Vaccination in Bombay 1874-1876 - 1874-1876
Year: 1874
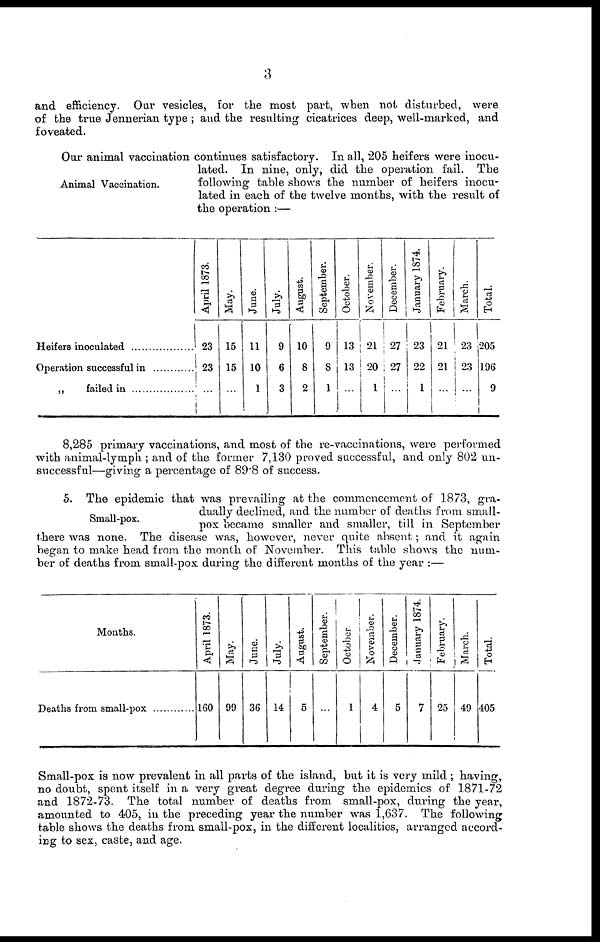
3
and efficiency. Our vesicles, for the most part, when not disturbed, were
of the true Jennerian type ; and the resulting cicatrices deep, well-marked, and
foveated.
Animal Vaccination.
Our animal vaccination continues satisfactory. In all, 205 heifers were inocu-
lated. In nine, only, did the operation fail. The
following table shows the number of heifers inocu-
lated in each of the twelve months, with the result of
the operation :—
Heifers inoculated..................
Operation successful in ............
„ failed in ...........................
April 1873.
23
23
...
May.
15
15
...
June.
11
10
1
July.
9
6
3
Augus t
.
10
8
2
September.
9
8
1
October.
13
13
...
No v e mb e r
.
21
20
1
December.
27
27
...
January 1874.
23
22
1
February.
21
21
...
March.
23
23
...
Tot al .
205
196
9
8,285 primary vaccinations, and most of the re-vaccinations, were performed
with animal-lymph ; and of the former 7,130 proved successful, and only 802 un-
successful—giving a percentage of 89.8 of success.
Small-pox.
5. The epidemic that was prevailing at the commencement of 1873, gra-
dually declined, and the number of deaths from small-
pox became smaller and smaller, till in September
there was none. The disease was, however, never quite absent; and it again
began to make head from the month of November. This table shows the num-
ber of deaths from small-pox during the different months of the year :—
Months.
Deaths from small-pox...............
April 1873.
160
May.
99
June.
36
July.
14
August.
5
September.
...
October.
1
November.
4
December.
5
January 1874.
7
February.
25
March.
49
Total.
405
Small-pox is now prevalent in all parts of the island, but it is very mild ; having,
no doubt, spent itself in a very great degree during the epidemics of 1871-72
and 1872-73. The total number of deaths from small-pox, during the year,
amounted to 405, in the preceding year the number was 1,637. The following
table shows the deaths from small-pox, in the different localities, arranged accord-
ing to sex, caste, and age.